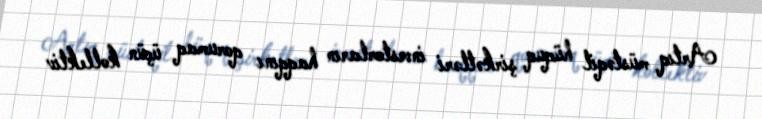
Artıq müstəqil hüquq şirkətləri investorların haqqını qorumaq üçün kollektiv